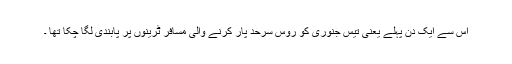
اس سے ایک دن پہلے یعنی تیس جنوری کو روس سرحد پار کرنے والی مسافر ٹرینوں پر پابندی لگا چکا تھا ۔